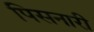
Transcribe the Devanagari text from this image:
पिसनारी